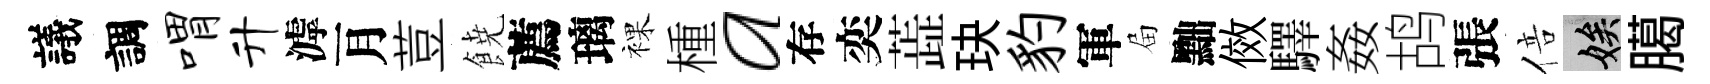
議調喟升滹月荳𩜙薦璃裸㮔a存奕蕋玦豹軍屇黜傚驛姦鸪張倍娭臈